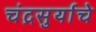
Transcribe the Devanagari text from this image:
चंद्रसुर्याचे